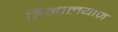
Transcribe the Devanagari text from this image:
हिमालयाज़